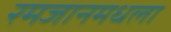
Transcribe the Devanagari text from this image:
रमजानमधला